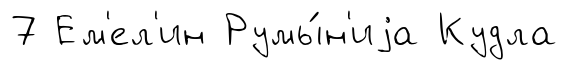
7 Ем'ел'ин Румы́н'иjа Кудла